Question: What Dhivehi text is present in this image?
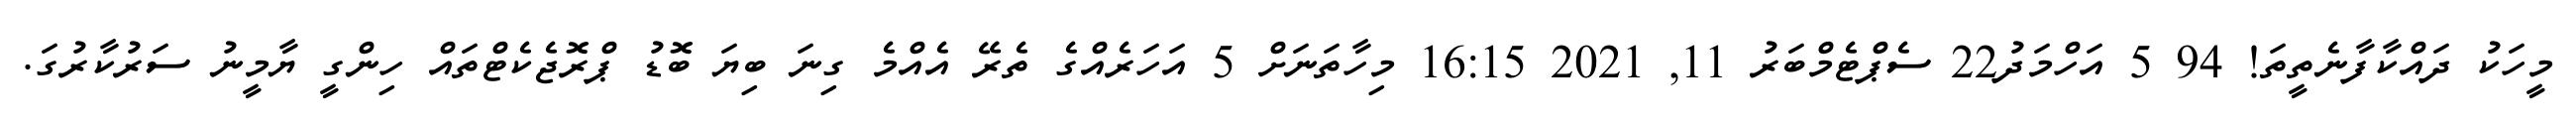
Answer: މީހަކު ދައްކާފާނެތީތަ! 94 5 އަހްމަދު22 ސެޕްޓެމްބަރު 11, 2021 16:15 މިހާތަނަށް 5 އަހަރެއްގެ ތެރޭ އެއްމެ ގިނަ ބިޔަ ބޮޑު ޕްރޮޖެކެޓްތައް ހިންގީ ޔާމީނު ސަރުކާރުގަ.